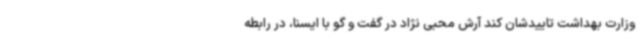
وزارت بهداشت تاییدشان کند آرش محبی نژاد در گفت و گو با ایسنا، در رابطه